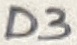
Text: D3